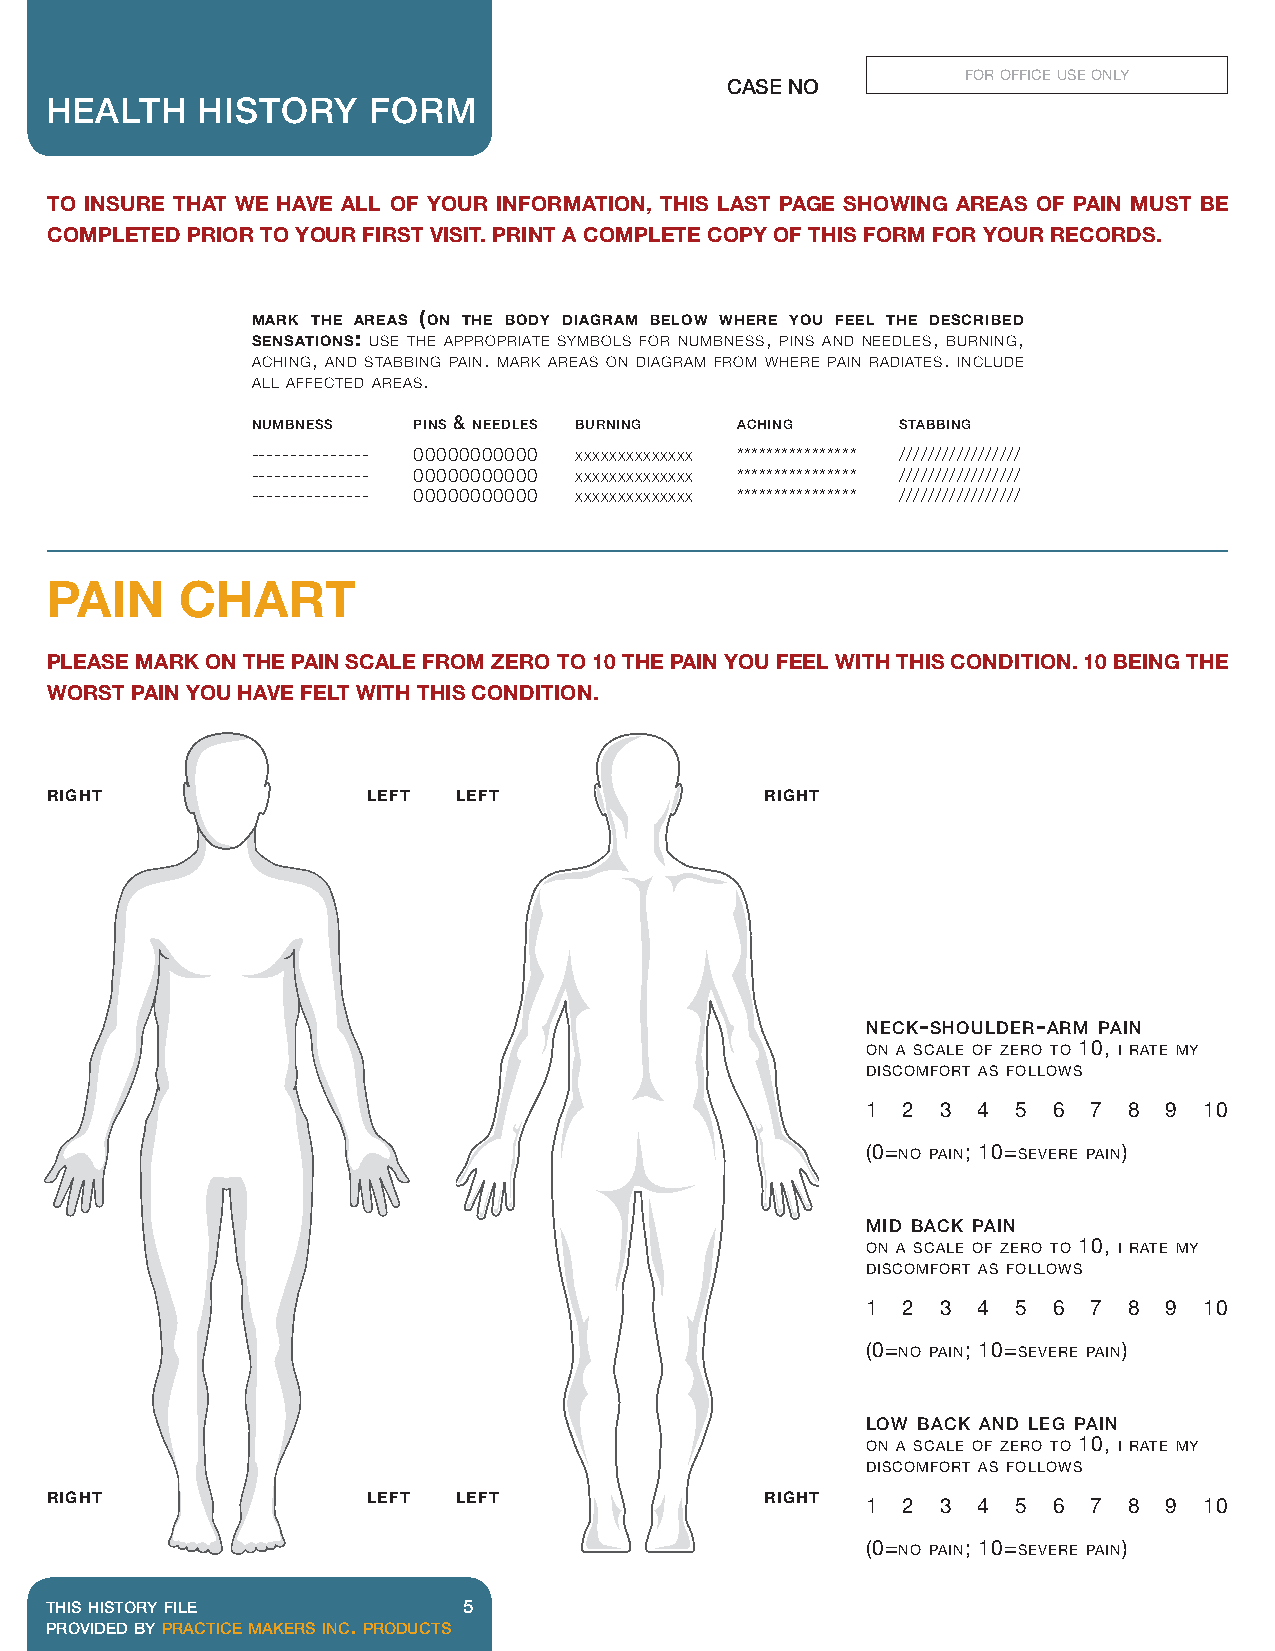
for office use only
 Case No
 HealtH    History    Form
 To insure ThaT we have all of your informaTion, This lasT page showing areas of pain musT be
 compleTed prior To your firsT visiT. prinT a compleTe copy of This form for your records.
 mark the areas (on the body diagram below where you feel the described
 sensations: use the appropriate symbols for numbness, pins and needles, burning,
 aching, and stabbing pain. mark areas on diagram from where pain radiates. include
 all affected areas.
 numbness  pins & needles burning aching    stabbing
 --------------- 00000000000 xxxxxxxxxxxxxx **************** /////////////////
 --------------- 00000000000 xxxxxxxxxxxxxx **************** /////////////////
 --------------- 00000000000 xxxxxxxxxxxxxx **************** /////////////////
 pain     charT
 please mark on The pain scale from zero To 10 The pain you feel wiTh This condiTion. 10 being The
 worsT pain you have felT wiTh This condiTion.
 right                left  left                 right
 neck-shoulder-arm pain
 on a scale of zero to 10, i rate my
 discomfort as follows
 1  2 3  4 5  6 7  8 9  10
 (0=no pain; 10=severe pain)
 mid back pain
 on a scale of zero to 10, i rate my
 discomfort as follows
 1  2 3  4 5  6 7  8 9  10
 (0=no pain; 10=severe pain)
 low back and leg pain
 on a scale of zero to 10, i rate my
 discomfort as follows
 right                left  left                 right
 1  2 3  4 5  6 7  8 9  10
 (0=no pain; 10=severe pain)
 this history file           5
 provided by practice makers inc. products